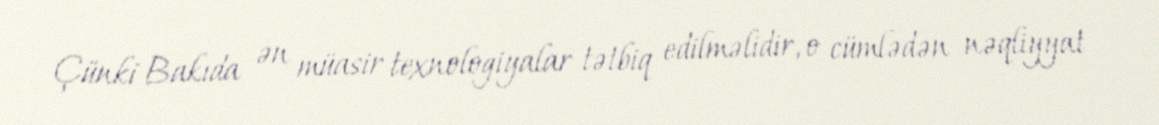
Çünki Bakıda ən müasir texnologiyalar tətbiq edilməlidir, o cümlədən nəqliyyat